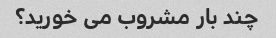
چند بار مشروب می خورید؟